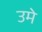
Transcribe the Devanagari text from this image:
उमे